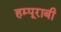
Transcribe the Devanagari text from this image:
हम्पूराबी